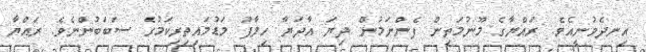
އިނދެވުނީއެވެ. ރައްޔާގެ މޫނުމަތިން ފެންނަމުން ދިޔަ އާދަޔާ ހިލާފު މަޑުމައިތިރިކަމުގެ ސަބަބުންނެވެ. ރައްޔާ